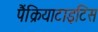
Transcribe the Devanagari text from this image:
पैंक्रियाटाइटिस